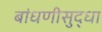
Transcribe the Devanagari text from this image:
बांधणीसुद्धा